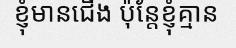
ខ្ញុំមានជើង ប៉ុន្តែខ្ញុំគ្មាន